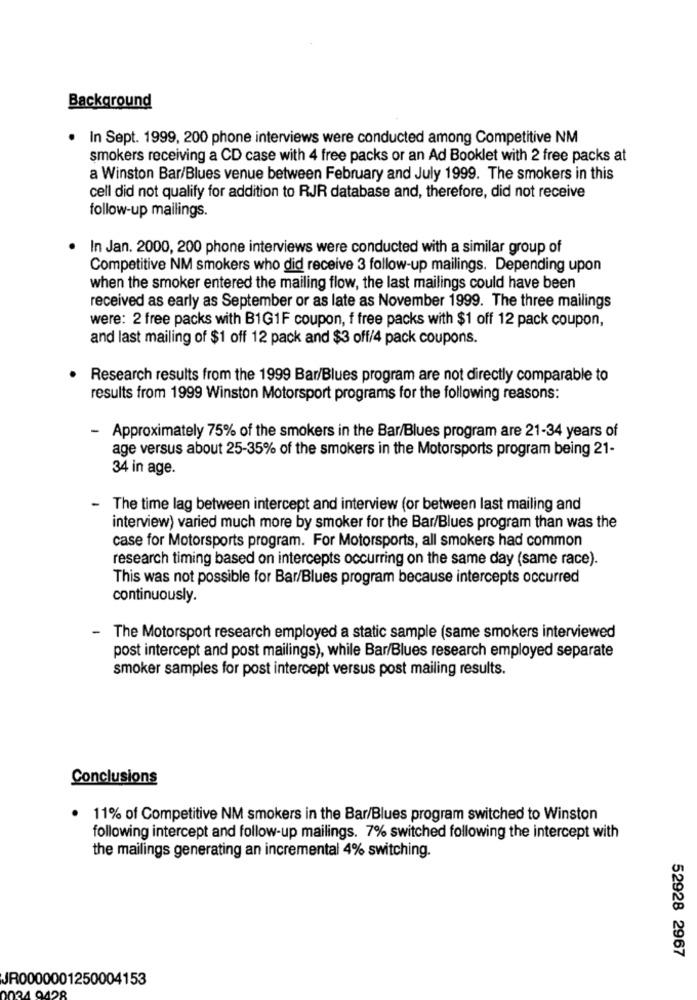
Background
· In Sept. 1999, 200 phone interviews were conducted among Competitive NM
smokers receiving a CD case with 4 free packs or an Ad Booklet with 2 free packs at
a Winston Bar/Blues venue between February and July 1999. The smokers in this
cell did not qualify for addition to RJR database and, therefore, did not receive
follow-up mailings.
In Jan. 2000, 200 phone interviews were conducted with a similar group of
Competitive NM smokers who did receive 3 follow-up mailings. Depending upon
when the smoker entered the mailing flow, the last mailings could have been
received as early as September or as late as November 1999. The three mailings
were: 2 free packs with B1G1F coupon, f free packs with $1 off 12 pack coupon,
and last mailing of $1 off 12 pack and $3 off/4 pack coupons.
Research results from the 1999 Bar/Blues program are not directly comparable to
results from 1999 Winston Motorsport programs for the following reasons:
-
Approximately 75% of the smokers in the Bar/Blues program are 21-34 years of
age versus about 25-35% of the smokers in the Motorsports program being 21-
34 in age.
The time lag between intercept and interview (or between last mailing and
interview) varied much more by smoker for the Bar/Blues program than was the
case for Motorsports program. For Motorsports, all smokers had common
research timing based on intercepts occurring on the same day (same race).
This was not possible for Bar/Blues program because intercepts occurred
continuously.
-
The Motorsport research employed a static sample (same smokers interviewed
post intercept and post mailings), while Bar/Blues research employed separate
smoker samples for post intercept versus post mailing results.
Conclusions
11% of Competitive NM smokers in the Bar/Blues program switched to Winston
following intercept and follow-up mailings. 7% switched following the intercept with
the mailings generating an incremental 4% switching.
52928 2967
JR0000001250004153
1 9428